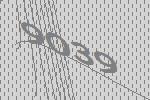
9039